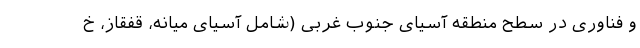
و فناوری در سطح منطقه آسیای جنوب غربی (شامل آسیای میانه، قفقاز، خ